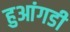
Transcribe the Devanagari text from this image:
हुआंगडी